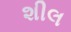
શીલ